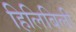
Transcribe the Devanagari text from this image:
हिलिबिली